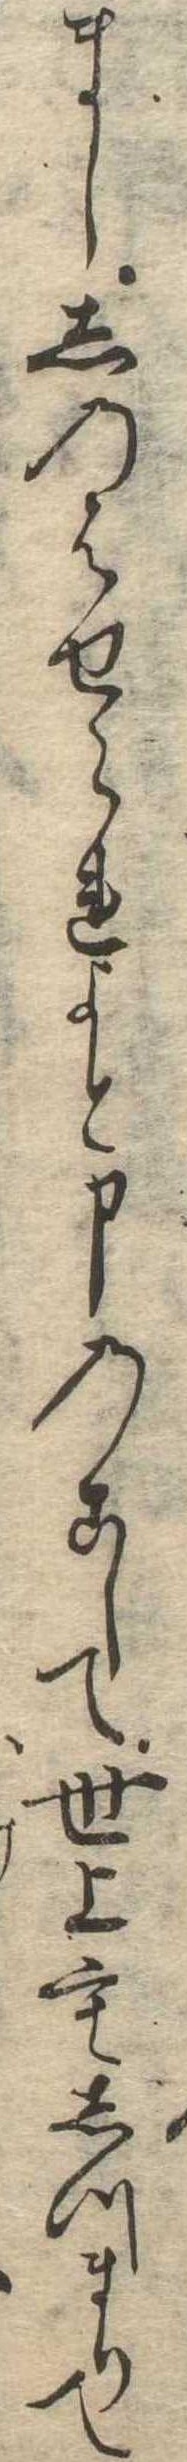
まししのばせられよと申のこして世上もしづまりて